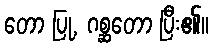
တော ပြု, ဂစ္ဆတော ပြီး၏။